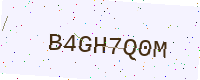
Text: B4GH7Q0M